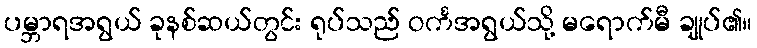
ပမ္ဘာရအရွယ် ခုနစ်ဆယ်တွင်း ရုပ်သည် ဝင်္ကအရွယ်သို့ မရောက်မီ ချုပ်၏။